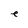
Character: e